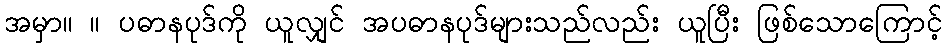
အမှာ။ ။ ပဓာနပုဒ်ကို ယူလျှင် အပဓာနပုဒ်များသည်လည်း ယူပြီး ဖြစ်သောကြောင့်